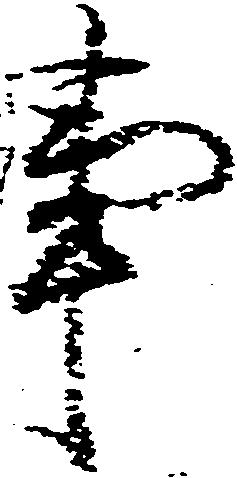
事